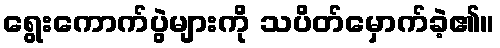
ရွေးကောက်ပွဲများကို သပိတ်မှောက်ခဲ့၏။